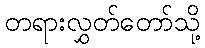
တရားလွှတ်တော်သို့